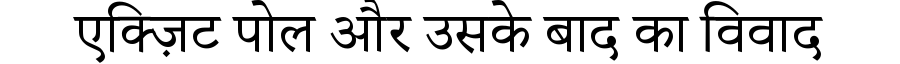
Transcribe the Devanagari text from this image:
एक्ज़िट पोल और उसके बाद का विवाद